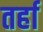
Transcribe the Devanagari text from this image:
तर्हा